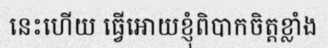
នេះហើយ ធ្វើអោយខ្ញុំពិបាកចិត្តខ្លាំង